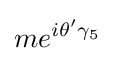
me^{i\theta '\gamma _{5}}